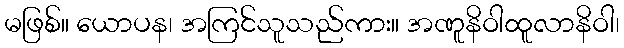
မဖြစ်။ ယောပန၊ အကြင်သူသည်ကား။ အဏူနိဝါထူလာနိဝါ၊